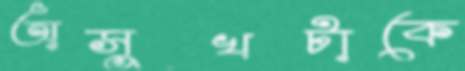
অসুখটাকে